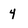
Character: 4